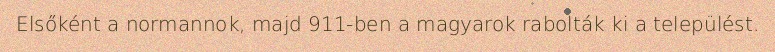
Elsőként a normannok, majd 911-ben a magyarok rabolták ki a települést.